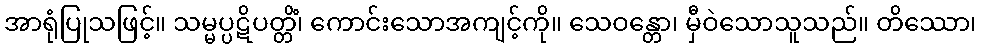
အာရုံပြုသဖြင့်။ သမ္မပ္ပဋိပတ္တိံ၊ ကောင်းသောအကျင့်ကို။ သေဝန္တော၊ မှီဝဲသောသူသည်။ တိဿော၊